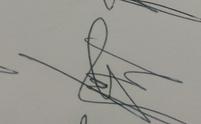
Signature authenticity: genuine